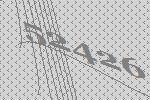
52426